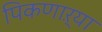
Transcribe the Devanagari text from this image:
पिकणाऱ्या